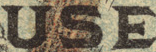
USE